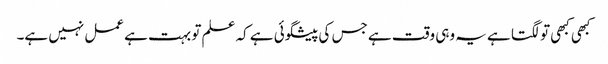
کبھی کبھی تو لگتا ہے یہ وہی وقت ہے جس کی پیشگوئی ہے کہ علم تو بہت ہے عمل نہیں ہے۔